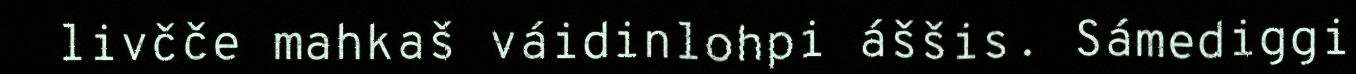
livčče mahkaš váidinlohpi áššis. Sámediggi